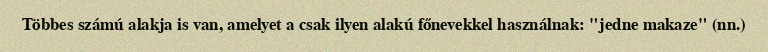
Többes számú alakja is van, amelyet a csak ilyen alakú főnevekkel használnak: "jedne makaze" (nn.)